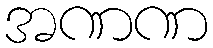
အဏဏ